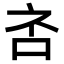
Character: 𪠹